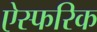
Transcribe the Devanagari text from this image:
ऐस्फरिक